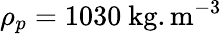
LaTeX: \rho_{p}=1030~\mathrm{kg.m^{-3}}